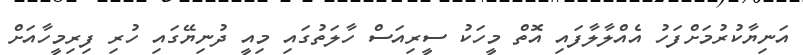
އަނިޔާކުރުމަށްފަހު އެއްލާލާފައި އޮތް މީހަކު ސީރިއަސް ހާލަތުގައި މިއީ ދުނިޔޭގައި ހުރި ފިރިމީހާއަށް